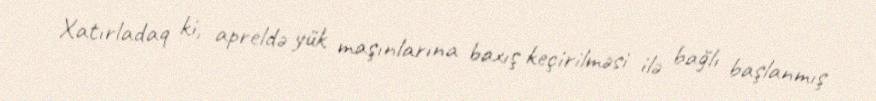
Xatırladaq ki, apreldə yük maşınlarına baxış keçirilməsi ilə bağlı başlanmış